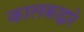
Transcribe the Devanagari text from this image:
कालकाद्वारे